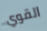
القوي